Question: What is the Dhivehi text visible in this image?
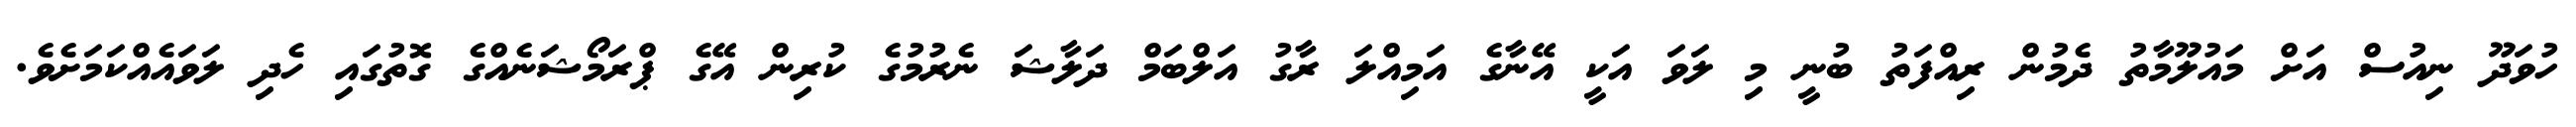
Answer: ހުވަދޫ ނިއުސް އަށް މައުލޫމާތު ދެމުން ރިއްފަތު ބުނީ މި ލަވަ އަކީ އޭނާގެ އަމިއްލަ ރާގު އަލްބަމް ދަލާޝަ ނެރުމުގެ ކުރިން އޭގެ ޕްރަމޯޝަނެއްގެ ގޮތުގައި ހެދި ލަވައެއްކަމަށެވެ.